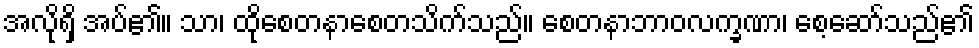
အလိုရှိ အပ်၏။ သာ၊ ထိုစေတနာစေတသိက်သည်။ စေတနာဘာဝလက္ခဏာ၊ စေ့ဆော်သည်၏